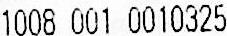
1008 001 0010325